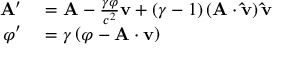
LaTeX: \begin{array} { r l } { \mathbf { A } ^ { \prime } } & { { } = \mathbf { A } - { \frac { \gamma \varphi } { c ^ { 2 } } } \mathbf { v } + \left( \gamma - 1 \right) \left( \mathbf { A } \cdot \mathbf { \hat { v } } \right) \mathbf { \hat { v } } } \\ { \varphi ^ { \prime } } & { { } = \gamma \left( \varphi - \mathbf { A } \cdot \mathbf { v } \right) } \end{array}